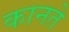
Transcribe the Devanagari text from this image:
कानते